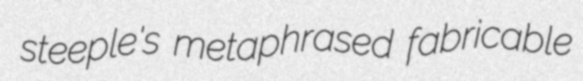
steeple's metaphrased fabricable